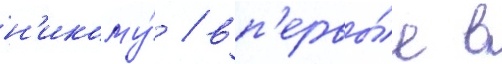
н'икому́ / вп'ервы́е в